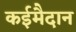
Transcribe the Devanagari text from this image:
कईमैदान